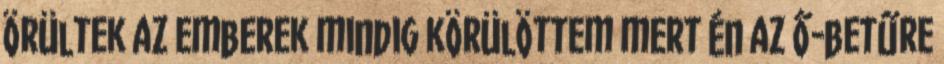
Örültek az emberek mindig körülöttem mert én az ő-betűre